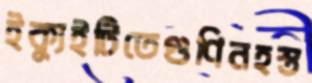
ইক্যুইটিতেগুণিনহস্ত